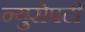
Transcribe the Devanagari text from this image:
न्युरोपटी